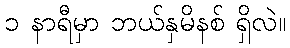
၁ နာရီမှာ ဘယ်နှမိနစ် ရှိလဲ။